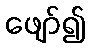
ဖျော်၍